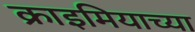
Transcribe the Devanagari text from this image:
क्राइमियाच्या